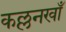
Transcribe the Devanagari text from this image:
कल्लनखाँ